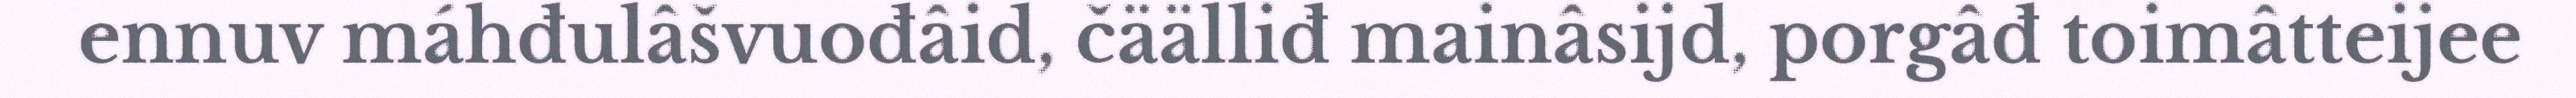
ennuv máhđulâšvuođâid, čäälliđ mainâsijd, porgâđ toimâtteijee